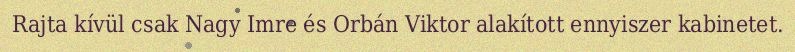
Rajta kívül csak Nagy Imre és Orbán Viktor alakított ennyiszer kabinetet.